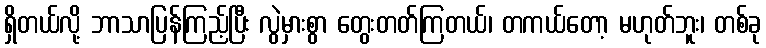
ရှိတယ်လို့ ဘာသာပြန်ကြည့်ပြီး လွဲမှားစွာ တွေးတတ်ကြတယ်၊ တကယ်တော့ မဟုတ်ဘူး၊ တစ်ခု